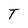
Character: T